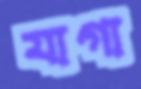
যাগা